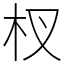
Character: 杈